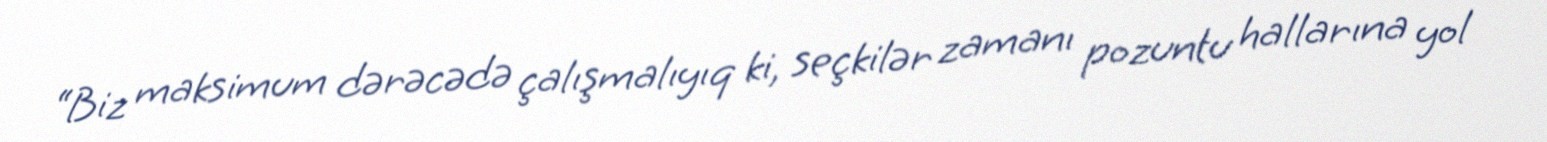
“Biz maksimum dərəcədə çalışmalıyıq ki, seçkilər zamanı pozuntu hallarına yol